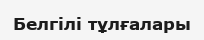
Белгілі тұлғалары